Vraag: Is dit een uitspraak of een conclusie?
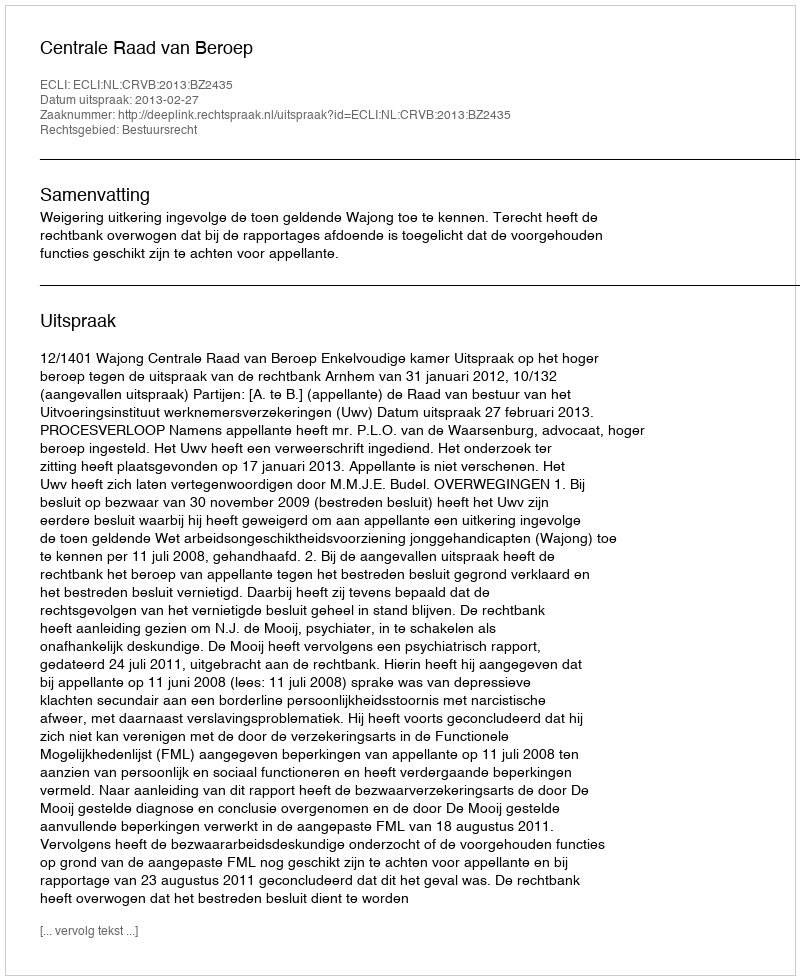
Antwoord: Uitspraak